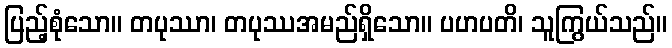
ပြည့်စုံသော။ တပုဿာ၊ တပုဿအမည်ရှိသော။ ပဟပတိ၊ သူကြွယ်သည်။